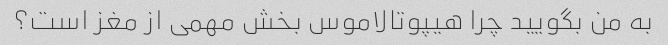
به من بگویید چرا هیپوتالاموس بخش مهمی از مغز است؟